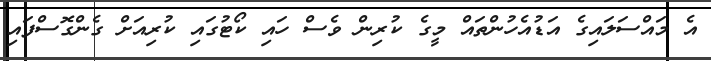
އެ މައްސަލައިގެ އަޑުއެހުންތައް މީގެ ކުރިން ވެސް ހައި ކޯޓުގައި ކުރިއަށް ގެންގޮސްފައި